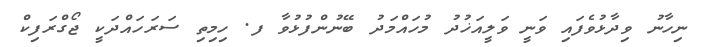
ނިހާނު ވިދާޅުވެފައި ވަނީ ވަލީއަޚުދު މުހައްމަދު ބޭނުންފުޅުވާ ފ. ހިމިތި ސަރަހައްދަކީ ޖޯގްރަފިކް